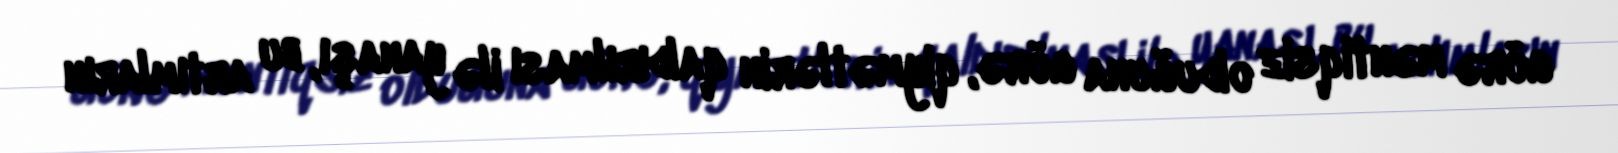
görə məntiqsiz olduğuna görə, qiymətlərin qaldırılması ilə yanaşı, bu artımların